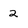
Character: 2